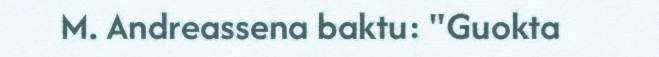
M. Andreassena baktu: "Guokta